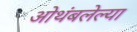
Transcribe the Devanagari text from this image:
ओथंबलेल्या